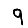
Digit: 9